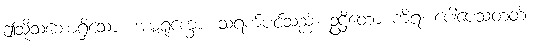
ဤသို့သဘောရှိသော။ အမ္ဗရုက္ခော၊ သရက်ပင်သည်။ ဥဋ္ဌိတော ကိရ၊ ပေါ်ပေသတတ်။